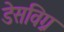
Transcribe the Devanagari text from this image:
डेसविग्न